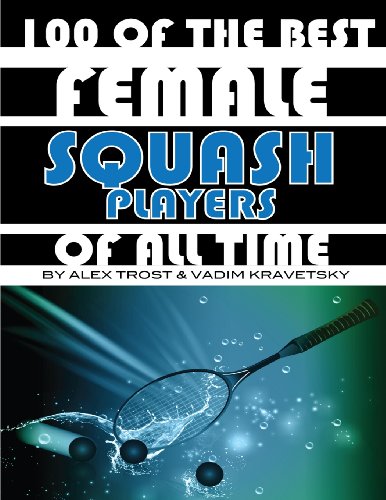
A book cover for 100 of the Best Female Squash Players of All Time; Alex Trost; Sports & Outdoors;